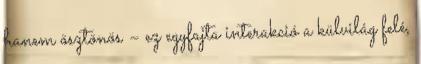
hanem ösztönös – ez egyfajta interakció a külvilág felé,